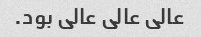
عالی عالی عالی بود.